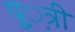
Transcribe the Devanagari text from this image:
पु़़त्री